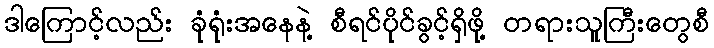
ဒါကြောင့်လည်း ခုံရုံးအနေနဲ့ စီရင်ပိုင်ခွင့်ရှိဖို့ တရားသူကြီးတွေစီ